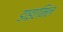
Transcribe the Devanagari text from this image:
डाइएमिल